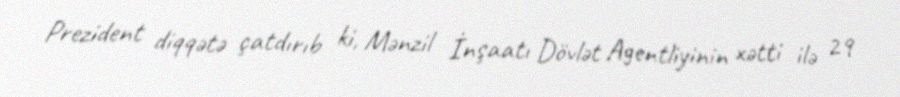
Prezident diqqətə çatdırıb ki, Mənzil İnşaatı Dövlət Agentliyinin xətti ilə 29